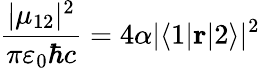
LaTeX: {\frac{|\mu_{12}|^{2}}{\pi\varepsilon_{0}\hbar c}}=4\alpha|\langle 1|\mathbf{r}|2\rangle|^{2}